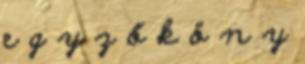
e g y z ő k ö n y